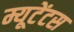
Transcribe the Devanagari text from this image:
म्यूटेंटस